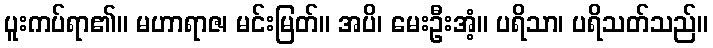
ပူးကပ်ရာ၏။ မဟာရာဇ၊ မင်းမြတ်။ အပိ၊ မေးဦးအံ့။ ပရိသာ၊ ပရိသတ်သည်။